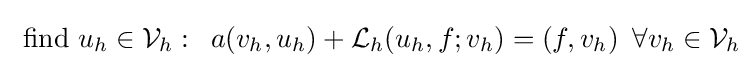
{\text{ find }}u_{h}\in {\mathcal {V}}_{h}:\,\,\,a(v_{h},u_{h})+{\mathcal {L}}_{h}(u_{h},f;v_{h})=(f,v_{h})\,\,\,\forall v_{h}\in {\mathcal {V}}_{h}